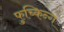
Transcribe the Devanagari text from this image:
फुच्किन्ग